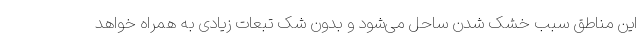
این مناطق سبب خشک شدن ساحل می‌شود و بدون شک تبعات زیادی به همراه خواهد